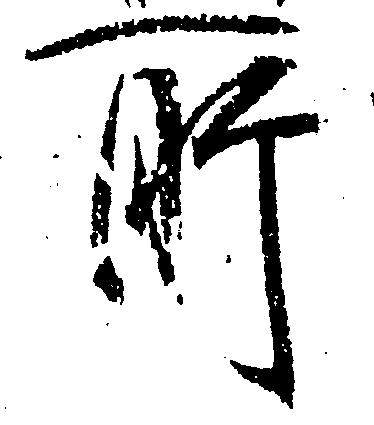
所